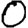
Digit: 0